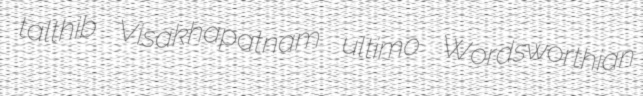
talthib Visakhapatnam ultimo Wordsworthian